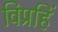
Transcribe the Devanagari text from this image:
विप्रहिं